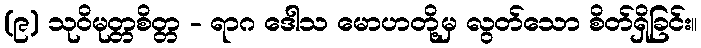
(၉) သုဝိမုတ္တစိတ္တ - ရာဂ ဒေါသ မောဟတို့မှ လွတ်သော စိတ်ရှိခြင်း။